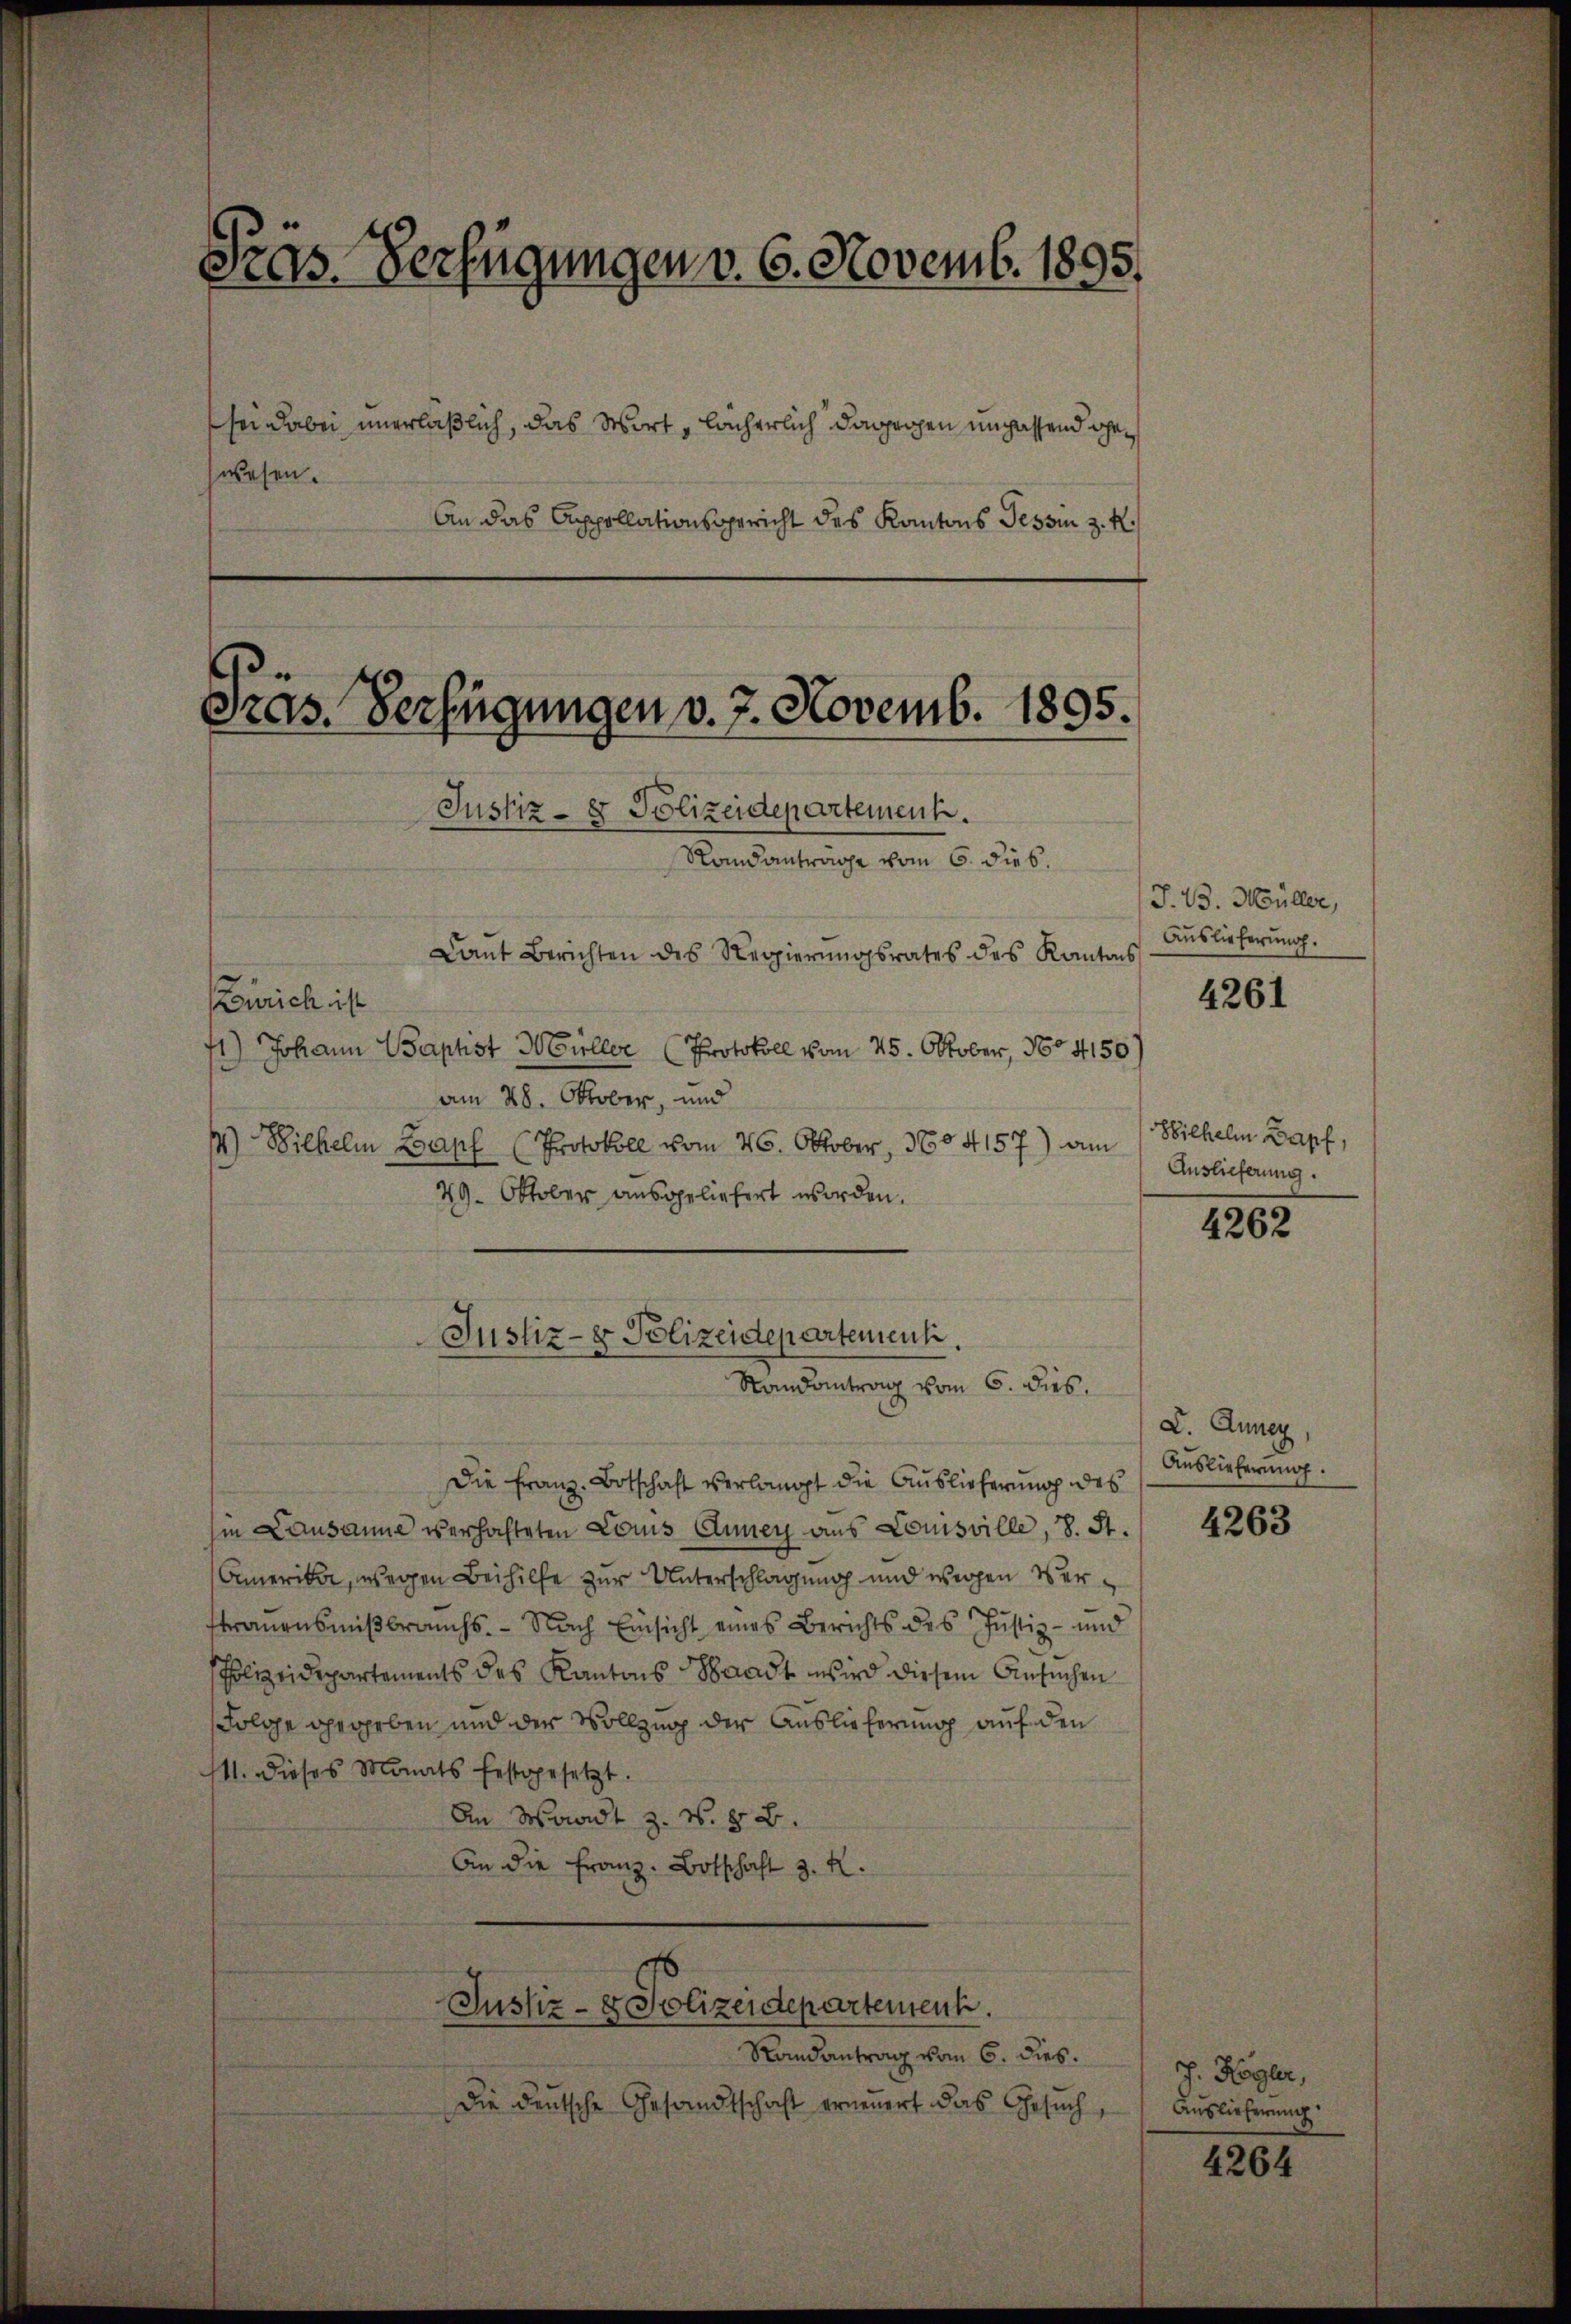
Sras. Verfügungen v. 6. Novemb. 1895.
sei dabei unerläßlich, das Wort, lächerlich dagegen unpassend gewesen.

An das Appollationsgericht des Kantons Tessin z. R.

Gras. Verfügungen v. 7. Novemb. 1895.

Justiz- & Polizeidepartement.
Randantrag vom 6. dies

Justiz- & Polizeidepartement.
Randantrage vom 6. dies.
Lant Berichten des Regierŭngsrates des Kantons
Zürich ist
1) Johann Baptist Müller (Protokoll vom 25. Oktober, No 4150)
am 28. Oktober, und
4.) Wilhelm Zapf (Protokoll vom 26. Oktober, 1884157) am
29. Oktober ausgeliefert worden.
Die Franz Botschaft verlangt die Auslieferung des
sie Lausanne verhafteten Louis Anney aus Louisville, 8. St.
Amerika, wegen Beihilfe zur Unterschlagung und wegen Vertrauensmißbrauchs. - Nach Einsicht eines Berichts des Justiz- und
Polizeidepartements des Kantons Waadt wird diesem Ansuchen
Folge gegeben und der Vollzug der Auslieferung auf den
111. dieses Monats festgesetzt.
An Waadt z. B. § 2.
An die Franz-Botschaft 3. K.
Justiz- & Polizeidepartement.
Randantrag vom 6. dies.
Die deutsche Gesandtschaft erneuert das Gesuch,

J. 23. Müller,
Auslieferung.

4261

Hilhelm Zapf,
Auslieferung.

4262

X. Anney
Auslieferung.

4263

J. Hager,
Auslieferung.

4264